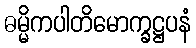
ဓမ္မိကပါတိမောက္ခဋ္ဌပနံ